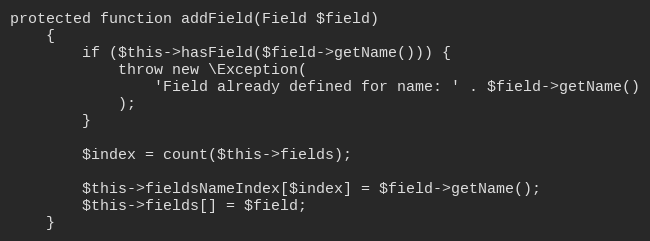
Language: PHP
protected function addField(Field $field)
    {
        if ($this->hasField($field->getName())) {
            throw new \Exception(
                'Field already defined for name: ' . $field->getName()
            );
        }

        $index = count($this->fields);

        $this->fieldsNameIndex[$index] = $field->getName();
        $this->fields[] = $field;
    }